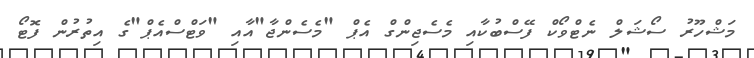
މަޝްހޫރު ސޯޝަލް ނެޓްވޯކް ފޭސްބުކާއި މެސެޖިންގް އެޕް "މެސެންޖާ"އާއި "ވަޓްސްއެޕް"ގެ އިތުރުން ފޮޓޯ